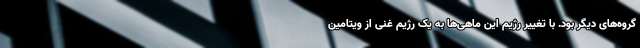
گروه‌های دیگر بود. با تغییر رژیم این ماهی‌ها به یک رژیم غنی از ویتامین